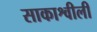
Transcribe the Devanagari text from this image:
साकाश्वीली